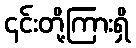
၎င်းတို့ကြားရှိ